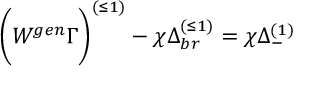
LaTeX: \biggl ( W ^ { g e n } \Gamma \biggr ) ^ { ( \leq 1 ) } - \chi \Delta _ { b r } ^ { ( \leq 1 ) } = \chi \Delta _ { - } ^ { ( 1 ) }